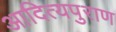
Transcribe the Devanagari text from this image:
आदित्यपुराण